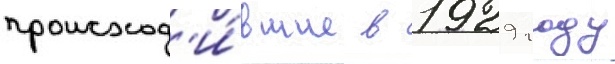
происход'и́вшие в 1929 году